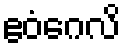
ဧဝံဂေလိ